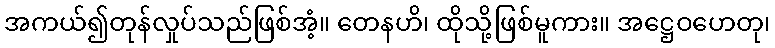
အကယ်၍တုန်လှုပ်သည်ဖြစ်အံ့။ တေနဟိ၊ ထိုသို့ဖြစ်မူကား။ အဋ္ဌေဝဟေတု၊